Annual report of the Bengal Veterinary College and of the Civil Veterinary Department, Bengal, for the year 1914-1915 - 1914-1915
Year: 1914
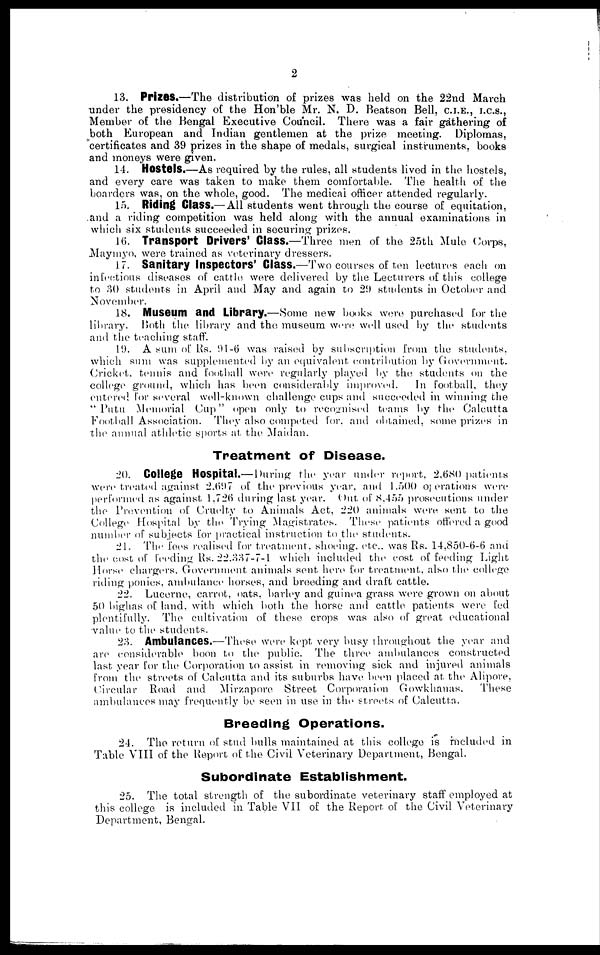
2
13. Prizes.—The distribution of prizes was held on the 22nd March
under the presidency of the Hon'ble Mr. N. D. Beatson Bell, C.I.E., I.C.S.,
Member of the Bengal Executive Council. There was a fair gathering of
both European and Indian gentlemen at the prize meeting. Diplomas,
certificates and 39 prizes in the shape of medals, surgical instruments, books
and moneys were given.
14. Hostels.—As required by the rules, all students lived in the hostels,
and every care was taken to make them comfortable. The health of the
boarders was, on the whole, good. The medical officer attended regularly.
15. Riding Glass.— All students went through the course of equitation,
and a riding competition was held along with the annual examinations in
which six students succeeded in securing prizes.
16. Transport Drivers' Class.—Three men of the 25th Mule Corps,
Maymyo, were trained as veterinary dressers.
17. Sanitary Inspectors' Class.—Two courses of ten lectures each on
infectious diseases of cattle were delivered by the Lecturers of tin's college
to 30 students in April and May and again to 29 students in October and
November.
18. Museum and Library.—Some new books were purchased for the
library. Both the library and the museum were well used by the students
and the teaching staff.
19. A sum of Rs. 91-6 was raised by subscription from the students,
which sum was supplemented by an equivalent contribution by Government.
Cricket, tennis and football were regularly played by the students on the
college ground, which has been considerably improved.
In football, they
entered for several well-known challenge cups and succeeded in winning the
" Putu Memorial Cup" open only to recognised teams by the Calcutta
Football Association. They also competed for. and obtained, some prizes in
the annual athletic sports at the Maidan.
Treatment of Disease.
20. College Hospital.— During the year under report, 2,680 patients
were treated against 2,697 of the previous year, and 1.500 operations were
performed as against 1,726 during last year. Out of 8,455 prosecutions under
the Prevention of Cruelty to Animals Act, 220 animals were sent to the
College Hospital by the Trying Magistrates. These patients offered a good
number of subjects for practical instruction to the students.
21. The fees realised for treatment, shoeing, etc., was Rs. 14,850-6-6 and
the cost of feeding Rs. 22,337-7-l which included the cost of feeding Light
Horse chargers. Government animals sent hero for treatment, also the college
riding ponies, ambulance horses, and breeding and draft cattle.
22. Lucerne, carrot, oats, barley and guinea grass were grown on about
50 bighas of land, with which both the horse and cattle patients were fed
plentifully. The cultivation of these crops was also of great educational
value to the students.
23. Ambulances.—These were kept very busy throughout the year and
are considerable boon to the public. The three ambulances constructed
last year for the Corporation to assist in removing sick and injured animals
from the streets of Calcutta and its suburbs have been placed at the Alipore,
Circular Road and Mirzapore Street Corporation Gowkhanas.
These
ambulances may frequently be seen in use in the streets of Calcutta.
Breeding Operations.
24. The return of stud bulls maintained at this college is included in
Table VIII of the Report of the Civil Veterinary Department, Bengal.
Subordinate Establishment.
25. The total strength of the subordinate veterinary staff employed at
this college is included in Table VII of the Report of the Civil Veterinary
Department, Bengal.